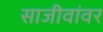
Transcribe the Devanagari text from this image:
साजीवांवर